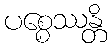
ပစ္စေဿန္တိ